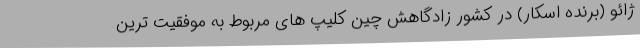
ژائو (برنده اسکار) در کشور زادگاهش چین کلیپ های مربوط به موفقیت ترین